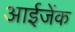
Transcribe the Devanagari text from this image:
आईजेंक